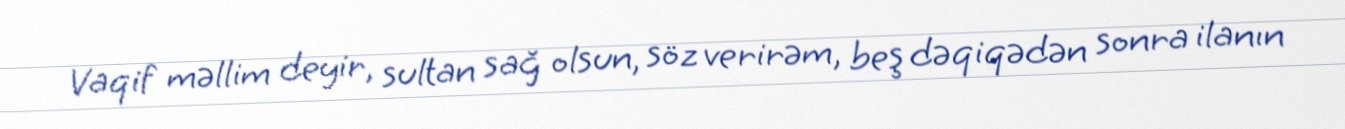
Vaqif məllim deyir, sultan sağ olsun, söz verirəm, beş dəqiqədən sonra ilanın